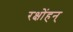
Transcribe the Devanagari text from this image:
रक्षोंहन्